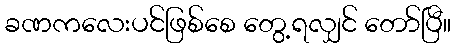
ခဏကလေးပင်ဖြစ်စေ တွေ့ရလျှင် တော်ပြီ။